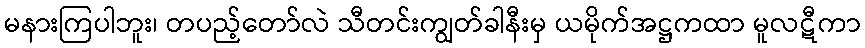
မနားကြပါဘူး၊ တပည့်တော်လဲ သီတင်းကျွတ်ခါနီးမှ ယမိုက်အဋ္ဌကထာ မူလဋီကာ